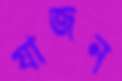
যাজন